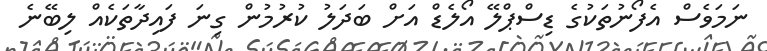
ނަމަވެސް އެފޯނުތަކުގެ ޑިސްޕްލޭ އޯލެޑް އަށް ބަދަލު ކުރުމުން ގިނަ ފައިދާތަކެއް ލިބޭނެ